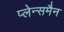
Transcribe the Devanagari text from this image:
प्लेन्समैन